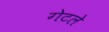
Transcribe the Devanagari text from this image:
गेटले